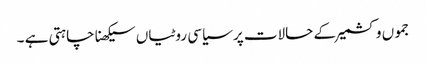
جموں و کشمیر کے حالات پر سیاسی روٹیاں سیکھنا چاہتی ہے ۔